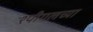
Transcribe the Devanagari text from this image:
श्पीगलच्या